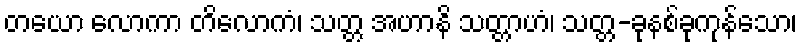
တယော လောကာ တိလောကံ၊ သတ္တ အဟာနိ သတ္တာဟံ၊ သတ္တ-ခုနစ်ခုကုန်သော၊